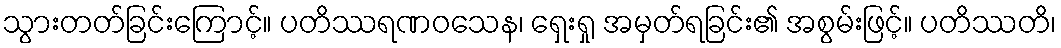
သွားတတ်ခြင်းကြောင့်။ ပတိဿရဏဝသေန၊ ရှေးရှု အမှတ်ရခြင်း၏ အစွမ်းဖြင့်။ ပတိဿတိ၊